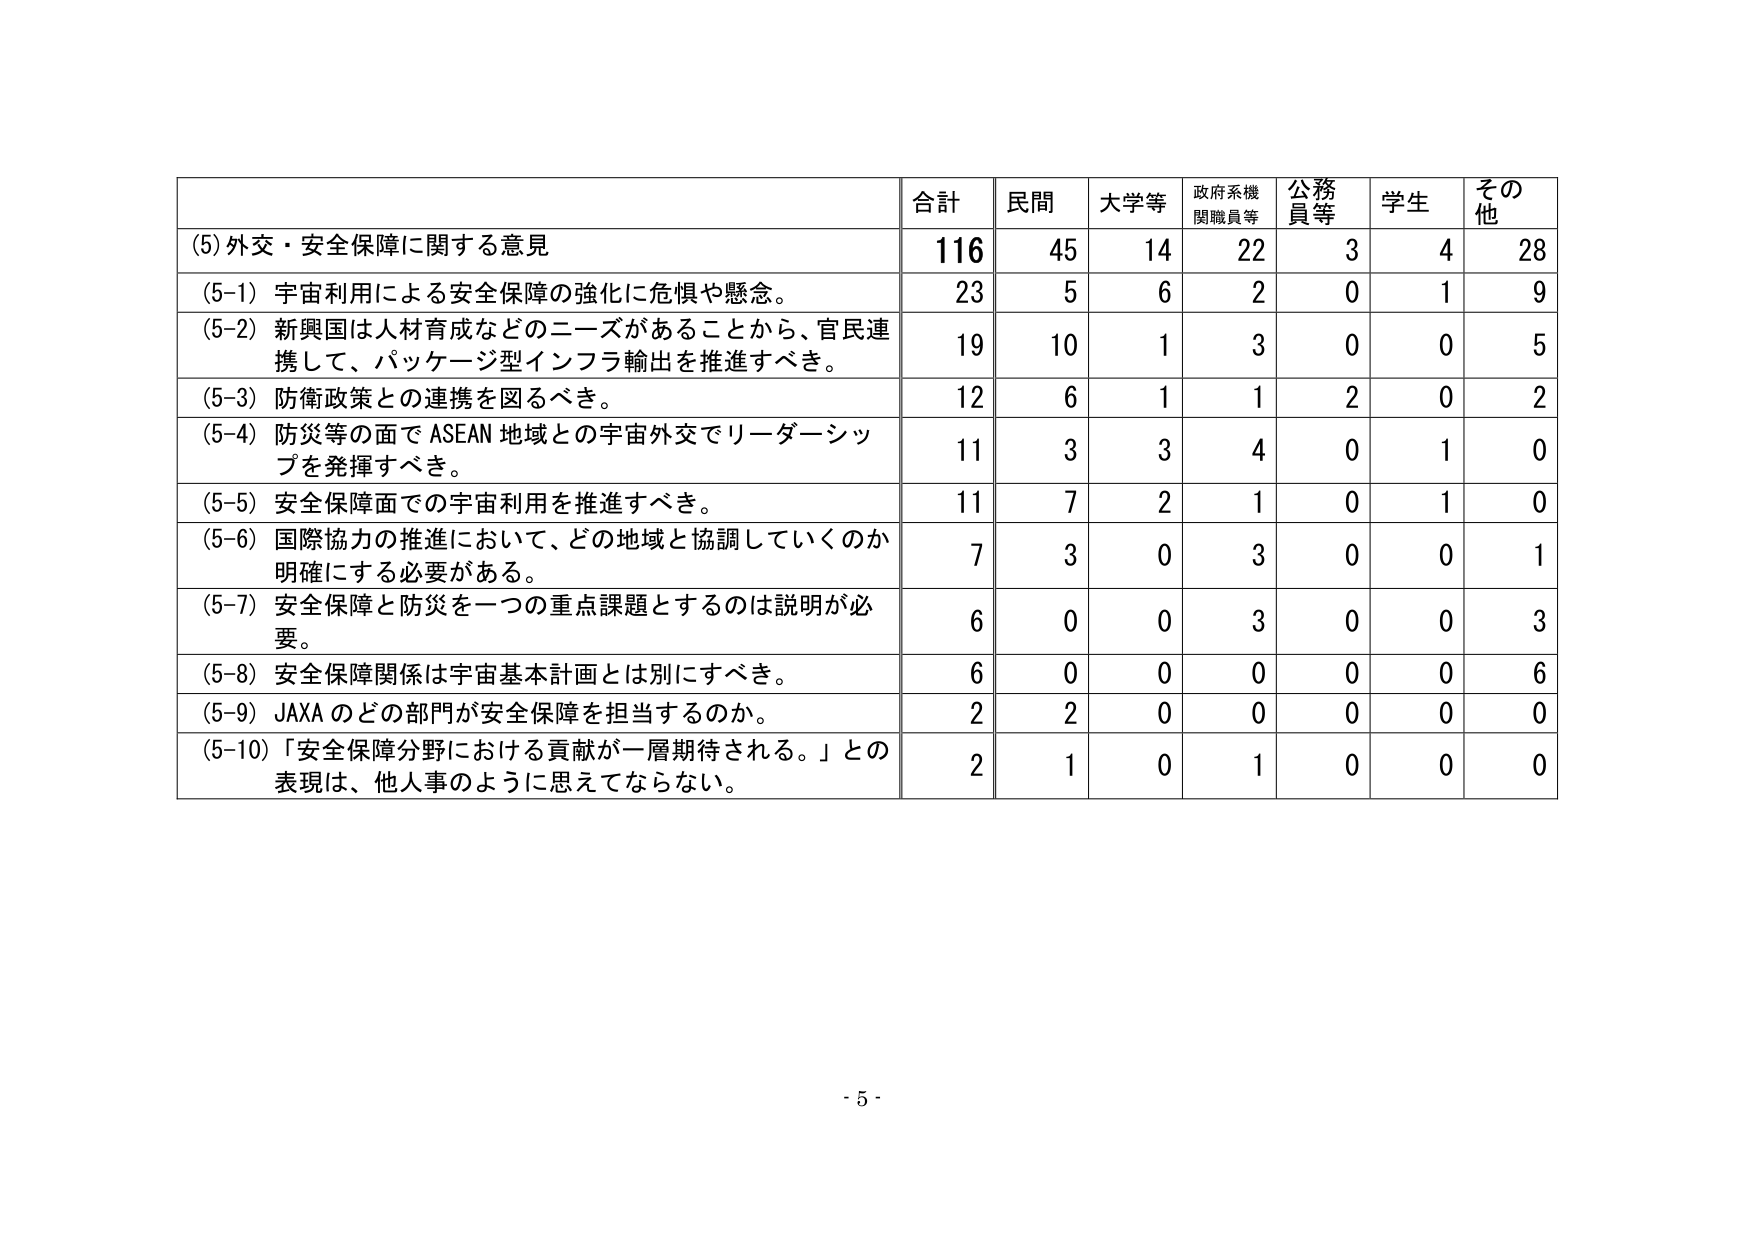
(5) 外交・安全保障に関する意見
合計 民間 大学等 政府系機関職員等 公務員等 学生 その他
116 45 14 22 3 4 28
(5-1) 宇宙利用による安全保障の強化に危惧や懸念。
23 5 6 2 0 1 9
(5-2) 新興国は人材育成などのニーズがあることから、官民連携して、パッケージ型インフラ輸出を推進すべき。
19 10 1 3 0 0 5
(5-3) 防衛政策との連携を図るべき。
12 6 1 1 2 0 2
(5-4) 防災等の面で ASEAN 地域との宇宙外交でリーダーシップを発揮すべき。
11 3 3 4 0 1 0
(5-5) 安全保障面での宇宙利用を推進すべき。
11 7 2 1 0 1 0
(5-6) 国際協力の推進において、どの地域と協調していくのか明確にする必要がある。
7 3 0 3 0 0 1
(5-7) 安全保障と防災を一つの重点課題とするのは説明が必要。
6 0 0 3 0 0 3
(5-8) 安全保障関係は宇宙基本計画とは別にすべき。
6 0 0 0 0 0 6
(5-9) JAXA のどの部門が安全保障を担当するのか。
2 2 0 0 0 0 0
(5-10) 「安全保障分野における貢献が一層期待される。」との表現は、他人事のように思えてならない。
2 1 0 1 0 0 0
- 5 -